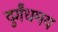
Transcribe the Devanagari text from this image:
दुर्गंधमय